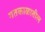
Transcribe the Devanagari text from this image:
गतकाळातील